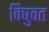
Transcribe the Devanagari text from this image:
विषुवत